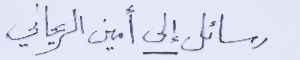
رسائل إلى أمين الريحاني